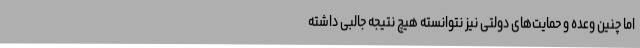
اما چنین وعده و حمایت‌های دولتی نیز نتوانسته هیچ نتیجه جالبی داشته